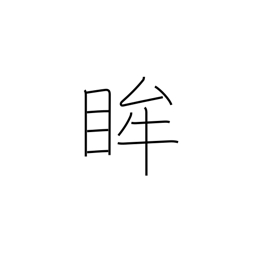
Meaning: pupil of the eye